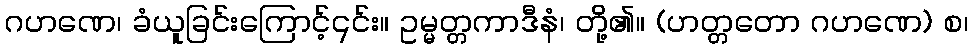
ဂဟဏေ၊ ခံယူခြင်းကြောင့်၎င်း။ ဥမ္မတ္တကာဒီနံ၊ တို့၏။ (ဟတ္တတော ဂဟဏေ) စ၊